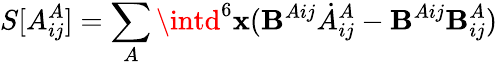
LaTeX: S[A_{ij}^{A}]=\sum_{A}\intd^{6}\mathbf{x}(\mathbf{B}^{Aij}\dot{{A}}_{ij}^{A}-\mathbf{B}^{Aij}\mathbf{B}_{ij}^{A})